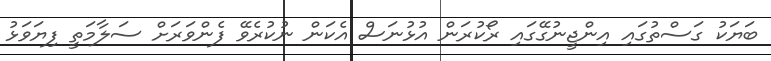
ބަޔަކު ގަސްތުގަައި އިންޖީނުގޭގައި ރޯކުރަން އުޅުނަސް އެކަން ނުކުރެވޭ ފެންވަރަށް ސަލާމަތީ ފިޔަވަޅު